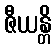
ဇီယန္တိ